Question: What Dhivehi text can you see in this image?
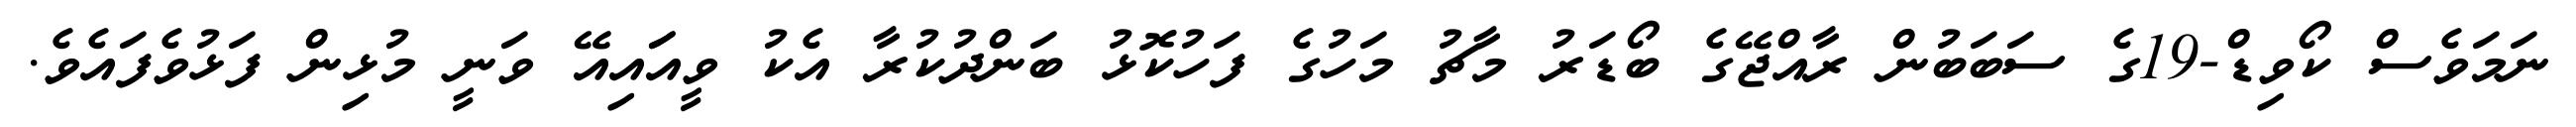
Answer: ނަމަވެސް ކޯވިޑް-19ގެ ސަބަބުން ރާއްޖޭގެ ބޯޑަރު މާޗު މަހުގެ ފަހުކޮޅު ބަންދުކުރާ އެކު ވީއަައިއޭ ވަނީ މުޅިން ފަޅުވެފައެވެ.